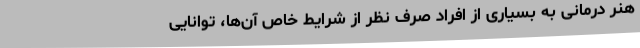
هنر درمانی به بسیاری از افراد صرف نظر از شرایط خاص آن‌ها، توانایی